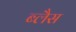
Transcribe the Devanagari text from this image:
ब्लैस